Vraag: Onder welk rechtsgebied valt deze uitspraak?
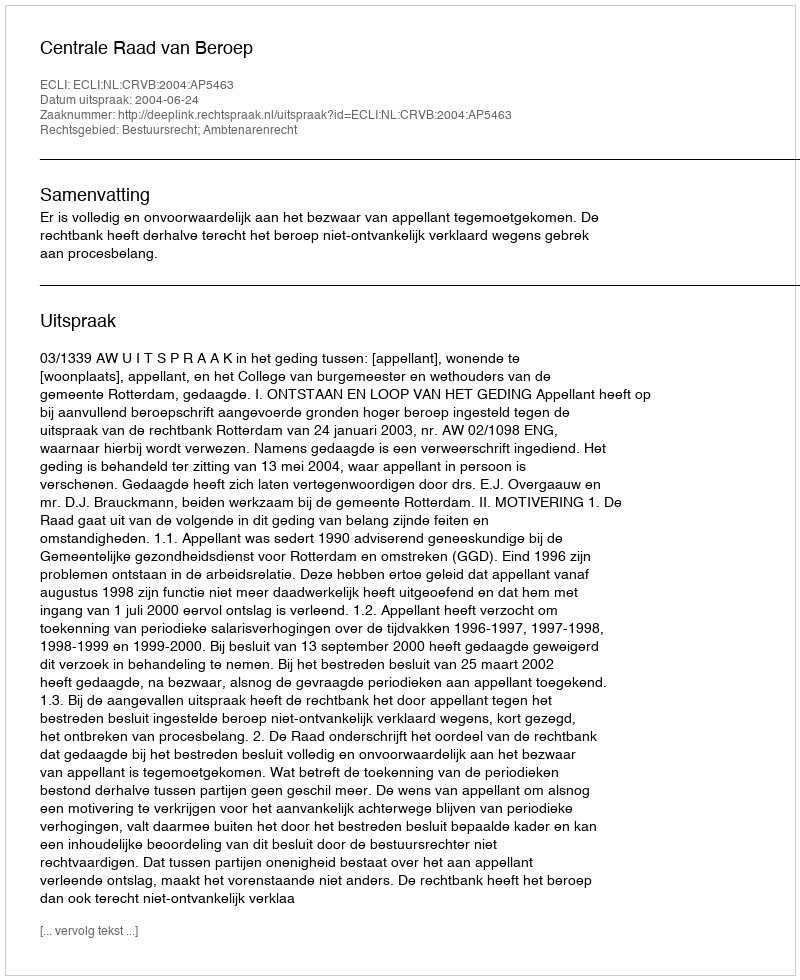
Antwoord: Bestuursrecht; Ambtenarenrecht